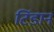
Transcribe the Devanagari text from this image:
टिंडान